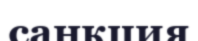
санкция